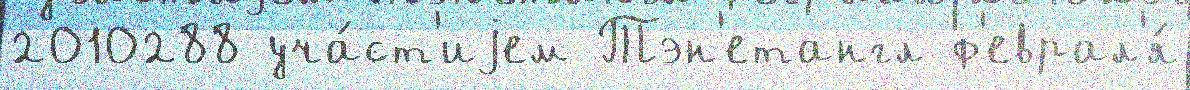
2010288 уча́ст'иjем Тэн'етангл ф'еврал'я́